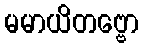
မမာယိတဗ္ဗော